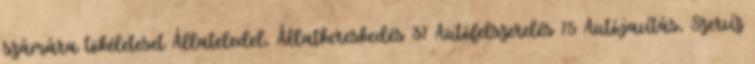
számára tökéleteset Állateledel, Állatkereskedés 37 Autófelszerelés 75 Autójavítás, Szervíz